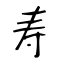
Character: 寿